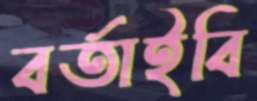
বর্তাইবি